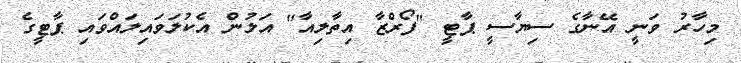
މިހާރު ވަނީ އޭނާގެ ސިޔާސީ ޕާޓީ "ފޯރްޒާ އިތާލިއާ" އަލުން އެކުލަވައިލައްވައި ޕާޓީގެ